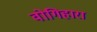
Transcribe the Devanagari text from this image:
वोगिहारा